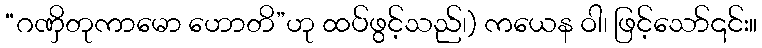
“ဂဏှိတုကာမော ဟောတိ”ဟု ထပ်ဖွင့်သည်၊) ကယေန ဝါ၊ ဖြင့်သော်၎င်း။